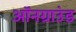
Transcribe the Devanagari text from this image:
ऑनग्राउंड